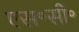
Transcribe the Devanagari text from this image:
एस॰सी॰